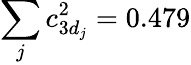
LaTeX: \sum_{j}c_{3d_{j}}^{2}=0.479